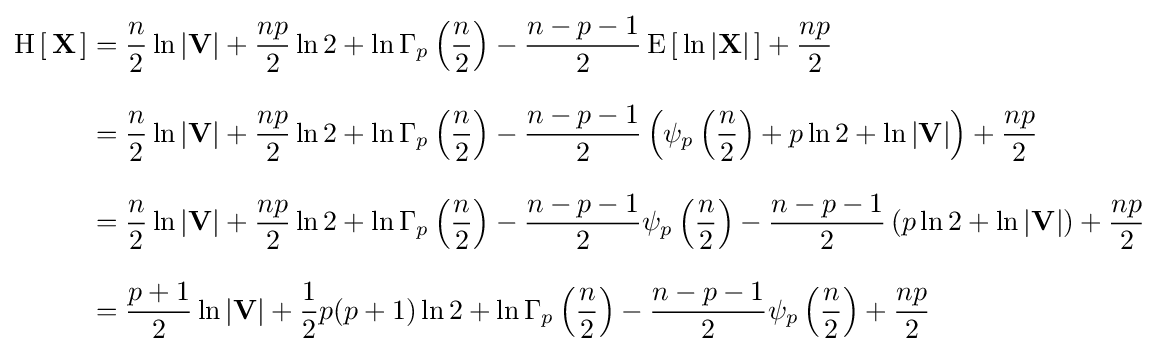
{\begin{aligned}\operatorname {H} \left[\,\mathbf {X} \,\right]&={\frac {n}{2}}\ln \left|\mathbf {V} \right|+{\frac {np}{2}}\ln 2+\ln \Gamma _{p}\left({\frac {n}{2}}\right)-{\frac {n-p-1}{2}}\operatorname {E} \left[\,\ln \left|\mathbf {X} \right|\,\right]+{\frac {np}{2}}\\[8pt]&={\frac {n}{2}}\ln \left|\mathbf {V} \right|+{\frac {np}{2}}\ln 2+\ln \Gamma _{p}\left({\frac {n}{2}}\right)-{\frac {n-p-1}{2}}\left(\psi _{p}\left({\frac {n}{2}}\right)+p\ln 2+\ln \left|\mathbf {V} \right|\right)+{\frac {np}{2}}\\[8pt]&={\frac {n}{2}}\ln \left|\mathbf {V} \right|+{\frac {np}{2}}\ln 2+\ln \Gamma _{p}\left({\frac {n}{2}}\right)-{\frac {n-p-1}{2}}\psi _{p}\left({\frac {n}{2}}\right)-{\frac {n-p-1}{2}}\left(p\ln 2+\ln \left|\mathbf {V} \right|\right)+{\frac {np}{2}}\\[8pt]&={\frac {p+1}{2}}\ln \left|\mathbf {V} \right|+{\frac {1}{2}}p(p+1)\ln 2+\ln \Gamma _{p}\left({\frac {n}{2}}\right)-{\frac {n-p-1}{2}}\psi _{p}\left({\frac {n}{2}}\right)+{\frac {np}{2}}\end{aligned}}